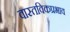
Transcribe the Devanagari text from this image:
वास्तविकप्रभाव